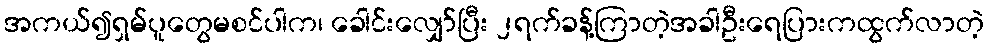
အကယ်၍ရှမ်ပူတွေမစင်ပါက၊ ခေါင်းလျှော်ပြီး ၂ရက်ခန့်ကြာတဲ့အခါဦးရေပြားကထွက်လာတဲ့